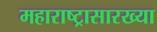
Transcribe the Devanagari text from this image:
महाराष्ट्रासारख्‍या